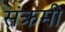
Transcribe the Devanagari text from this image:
संक्रमी